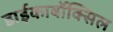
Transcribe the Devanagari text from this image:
डाईकार्बोक्सिल